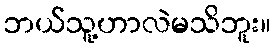
ဘယ်သူ့ဟာလဲမသိဘူး။